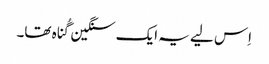
‏ اِس لیے یہ ایک سنگین گُناہ تھا۔